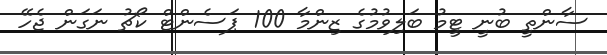
ސާންތީ ބުނީ ޓީމު ބަލިވުމުގެ ޒިންމާ 100 ޕަސެންޓް ކޯޗު ނަގަން ޖެހޭ